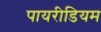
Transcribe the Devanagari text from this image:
पायरीडियम